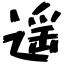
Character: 遥